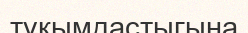
тұқымдастыгына